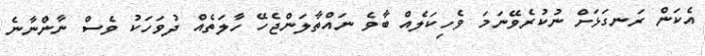
އެކަން ރަނގަޅަށް ނުކުރެވޭނަމަ ވެހިކަލެއް ބާވެ ނައްތާލަންޖެހޭ ހާލަތެއް ދުވަހަކު ވެސް ނާންނާނެ